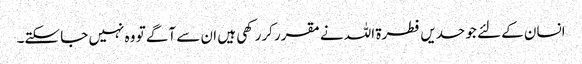
انسان کے لئے جو حدیں فطرۃ اللہ نے مقرر کررکھی ہیں ان سے آگے تو وہ نہیں جا سکتے۔